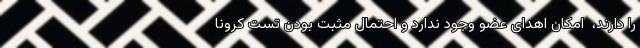
را دارند، ‌ امکان اهدای عضو وجود ندارد و احتمال مثبت بودن تست کرونا